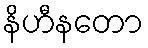
နိဟီနတော